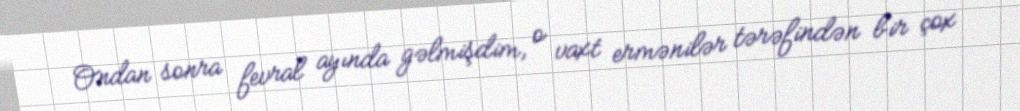
Ondan sonra fevral ayında gəlmişdim, o vaxt ermənilər tərəfindən bir çox